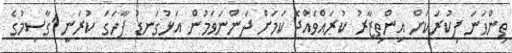
ތިންވަނަ ފިކުރަކަށް އިންތިޒާރު ކުރައްވެއްޖެ ކަމަށް ދަންނަވަމުން އަޅުގަނޑު ފާހަގަ ކުރަނީ 'ގާސިމުގެ